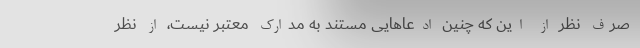
صرف‌ نظر از این که چنین ادعاهایی مستند به مدارک معتبر نیست، از نظر